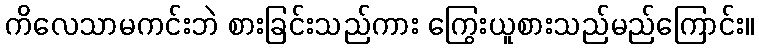
ကိလေသာမကင်းဘဲ စားခြင်းသည်ကား ကြွေးယူစားသည်မည်ကြောင်း။